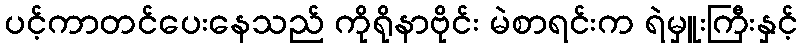
ပင့်ကာတင်ပေးနေသည် ကိုရိုနာဗိုင်း မဲစာရင်းက ရဲမှူးကြီးနှင့်